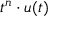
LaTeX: t ^ { n } \cdot u ( t )